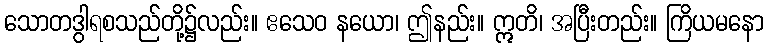
သောတဒွါရစသည်တို့၌လည်း။ ဧသေဝ နယော၊ ဤနည်း။ ဣတိ၊ အပြီးတည်း။ ကြိယမနော